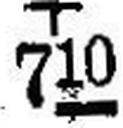
710